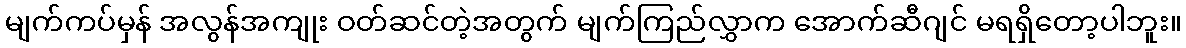
မျက်ကပ်မှန် အလွန်အကျုး ဝတ်ဆင်တဲ့အတွက် မျက်ကြည်လွှာက အောက်ဆီဂျင် မရရှိတော့ပါဘူး။